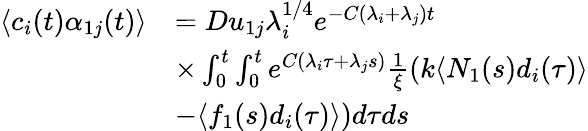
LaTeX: \begin{array}{rl}{\langle c_{i}(t)\alpha_{1j}(t)\rangle}&{=Du_{1j}\lambda_{i}^{1/4}e^{-C(\lambda_{i}+\lambda_{j})t}}\\ &{\times\int_{0}^{t}\int_{0}^{t}e^{C(\lambda_{i}\tau+\lambda_{j}s)}\frac{1}{\xi}(k\langle N_{1}(s)d_{i}(\tau)\rangle}\\ &{-\langle f_{1}(s)d_{i}(\tau)\rangle)d\tau ds}\end{array}